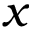
x